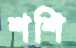
শশি